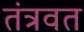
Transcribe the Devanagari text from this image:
तंत्रवत